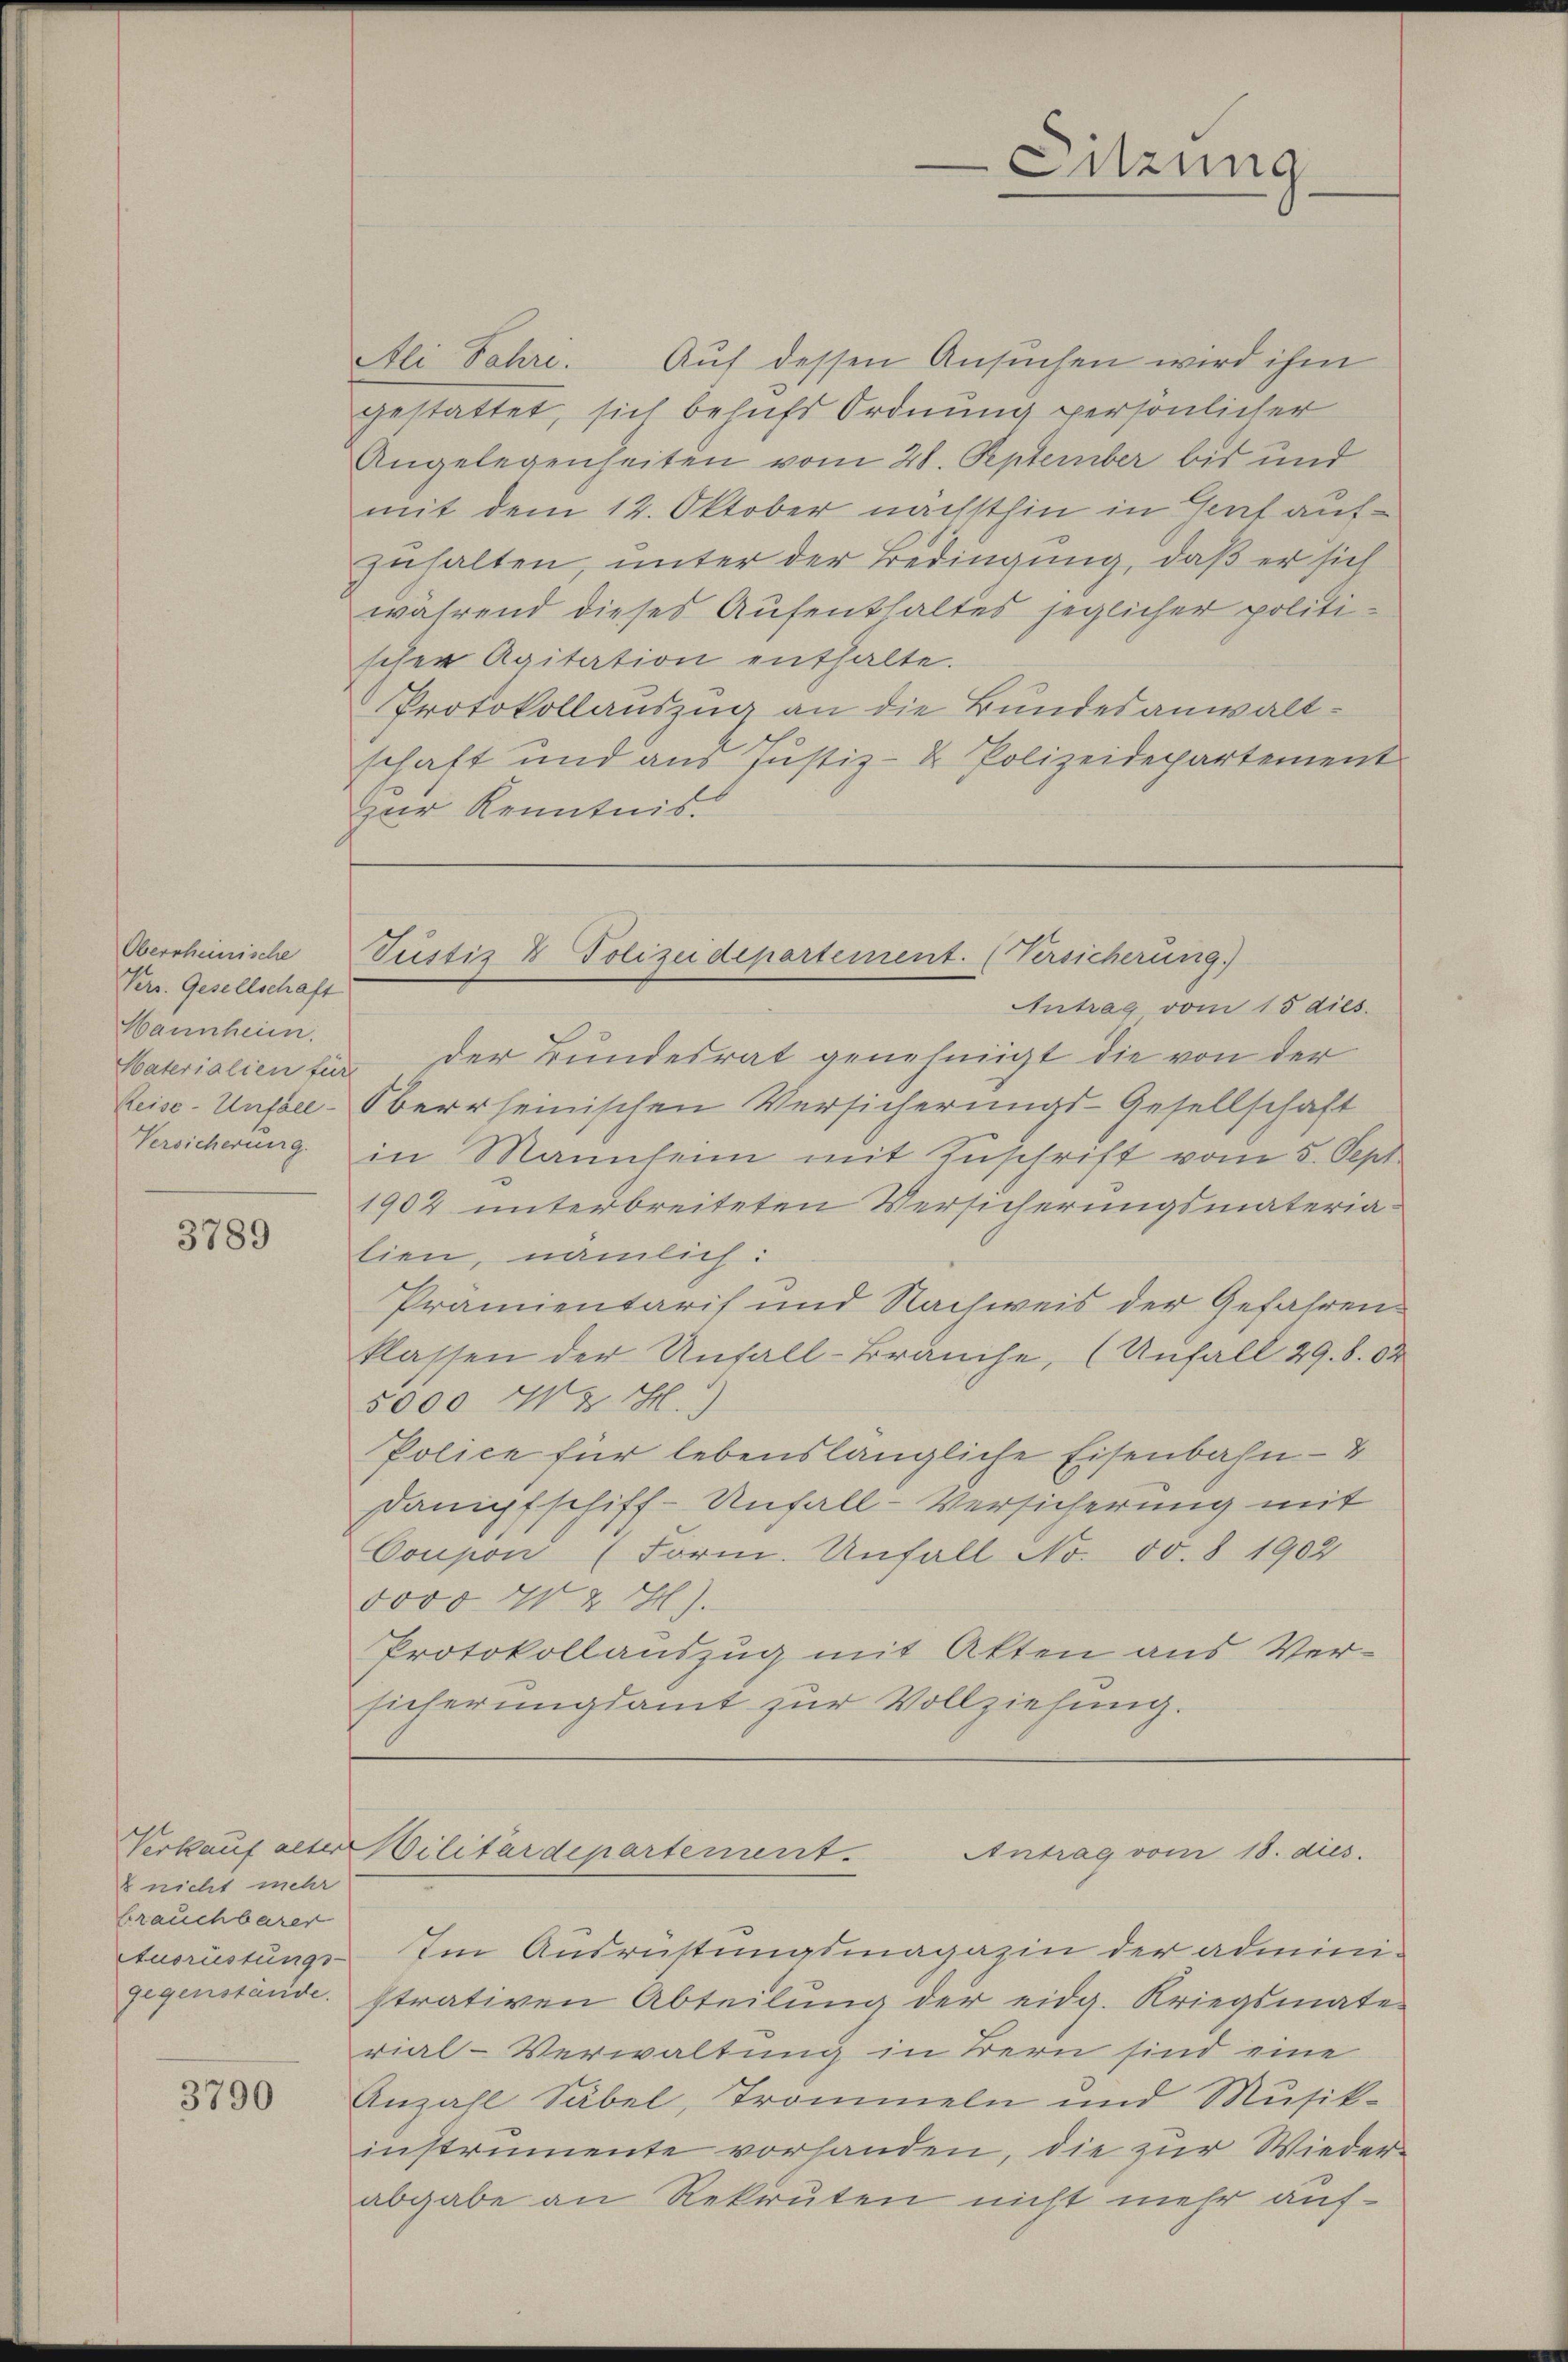
Oberscheinische
Vers. Gesellschaft
Hannheim.
Materialien für
Reise-Unfall-
Versicherung.

3789

8 nicht mehr
brauchbarer
Ausrüstungs-

3790

Ali Jahre. Auf dessen Ansuchen wird ihm
gestattet, sich behufs Ordnung persönlicher
Angelegenheiten vom 28. September bis und
mit dem 12. Oktober nächsthin in Gent aufzuhalten, unter der Bedingung, daß er sich
während dieses Aufenthaltes jeglicher politischen Agitation enthalte.
Protokollauszug an die Bundesanwaltschaft und aus Justiz- & Polizeidepartement
zur Kenntnis

Antrag vom 15 dies
Der Bundesrat genehmigt die von der
Oberrheinischen Versicherungs-Gesellschaft
in Mannsein mit Zuschrift vom 5. Sept
1902 unterbreiteten Versicherungsmaterialien, nämlich:
Prämientaris und Nachweis der Gefahren
klassen der Unfall-Bräuche, (Unfall 29. 8. 92
5000 M. H.
Police für lebenslängliche Eisenbahn- &
Dampfschiff-Unfall-Versicherung mit
Coupon (Form. Unfall No. 50. 8 1902
5000 W.28).
Protokollauszug mit Akten aus Versicherungsamt zur Vollziehung.

Sitzung

Justiz & Polizeidepartement. (Versicherung.)

Verkauf alter Militärdepartement. Antrag vom 18. dies

Im Ausrüstungsmagazin der adminigegenstände. strativen Abteilung der eidg. Kriegsmate
rial-Verwaltung in Bern sind eine
Anzahl Säbel, Trommeln und Musik-
instrumente vorhanden, die zur Wieder-
abgabe an Rekruten nicht mehr auf¬